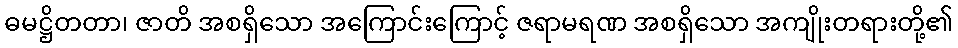
ဓမဋ္ဌိတတာ၊ ဇာတိ အစရှိသော အကြောင်းကြောင့် ဇရာမရဏ အစရှိသော အကျိုးတရားတို့၏